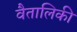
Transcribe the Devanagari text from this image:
वैतालिकी